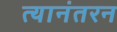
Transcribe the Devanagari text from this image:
त्यानंतरन